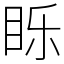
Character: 䀥